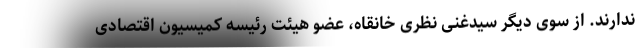
ندارند. از سوی دیگر سیدغنی نظری خانقاه، عضو هیئت رئیسه کمیسیون اقتصادی